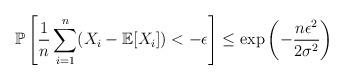
LaTeX: \begin{align*} \mathbb P\left[\frac1n \sum_{i=1}^n (X_i - \mathbb E[X_i]) < -\epsilon\right]\le \exp\left(-\frac{n\epsilon^2}{2\sigma^2}\right) \end{align*}